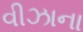
વીઝાના